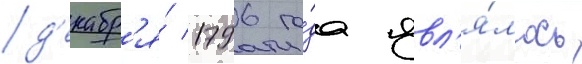
д'екабр'я́ 1796 го́да явл'я́лось